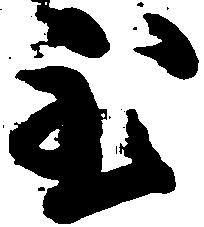
至